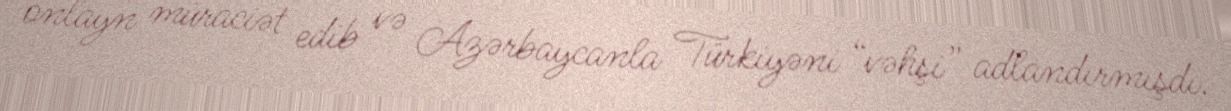
onlayn müraciət edib və Azərbaycanla Türkiyəni “vəhşi” adlandırmışdı.